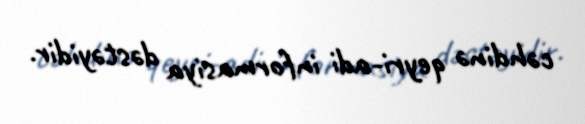
cəhdinə qeyri-adi informasiya dəstəyidir.